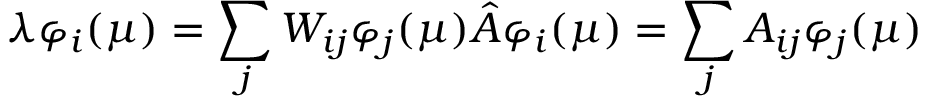
\lambda \varphi _ { i } ( \mu ) = \sum _ { j } W _ { i j } \varphi _ { j } ( \mu ) \hat { A } \varphi _ { i } ( \mu ) = \sum _ { j } A _ { i j } \varphi _ { j } ( \mu )